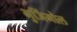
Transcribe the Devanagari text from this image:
भुजिंमोल